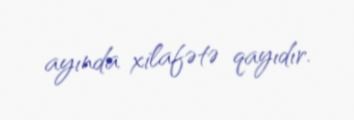
ayında xilafətə qayıdır.